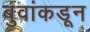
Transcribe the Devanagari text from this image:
बुवांकडून